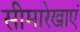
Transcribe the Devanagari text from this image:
सीमारेखाएं